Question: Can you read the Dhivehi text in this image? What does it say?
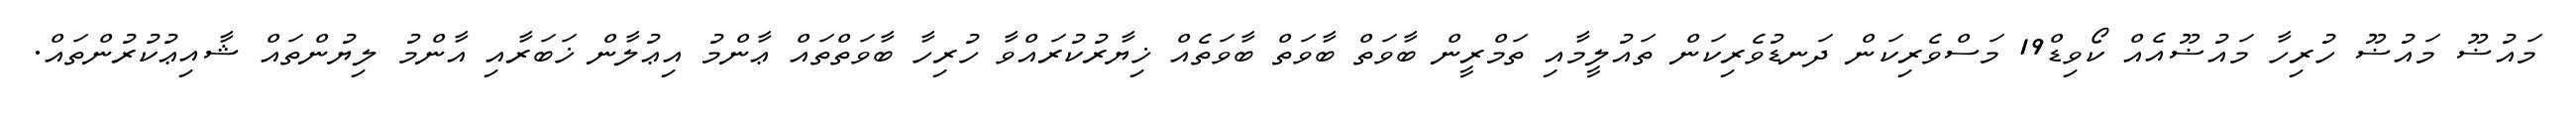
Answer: މައުޟޫ މައުޟޫ ހުރިހާ މައުޟޫއެއް ކޯވިޑް19 މަސްވެރިކަން ދަނޑުވެރިކަން ތައުލީމާއި ތަމްރީން ބާވަތް ބާވަތް ބާވަތެއް ޚިޔާރުކުރައްވާ ހުރިހާ ބާވަތްތައް ޢާންމު އިޢުލާން ޚަބަރާއި އާންމު ލިޔުންތައް ޝާއިޢުކުރުންތައް.